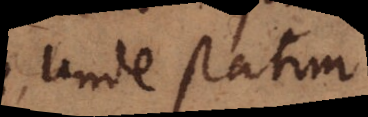
unde statim